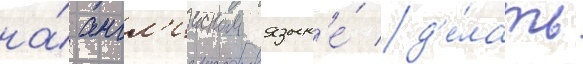
на́ англ'ииском язык'е́ д'е́лать